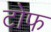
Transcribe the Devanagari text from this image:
टोफ